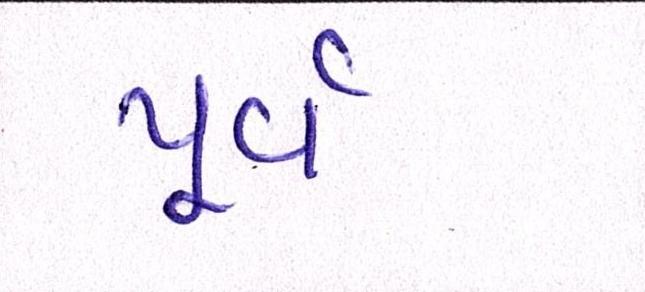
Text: પુર્વ